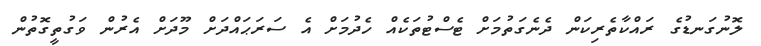
ލޮނުގަނޑުގެ ރައްކާތެރިކަން ދެނެގަތުމަށް ޓެސްޓުތަކެއް ހެދުމަށް އެ ސަރަޙައްދަށް މޫދަށް އެރުން ވަގުތީގޮތުން